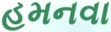
હમનવા